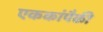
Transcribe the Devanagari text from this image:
एककांपैकी